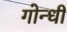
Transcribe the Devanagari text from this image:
गोन्धी